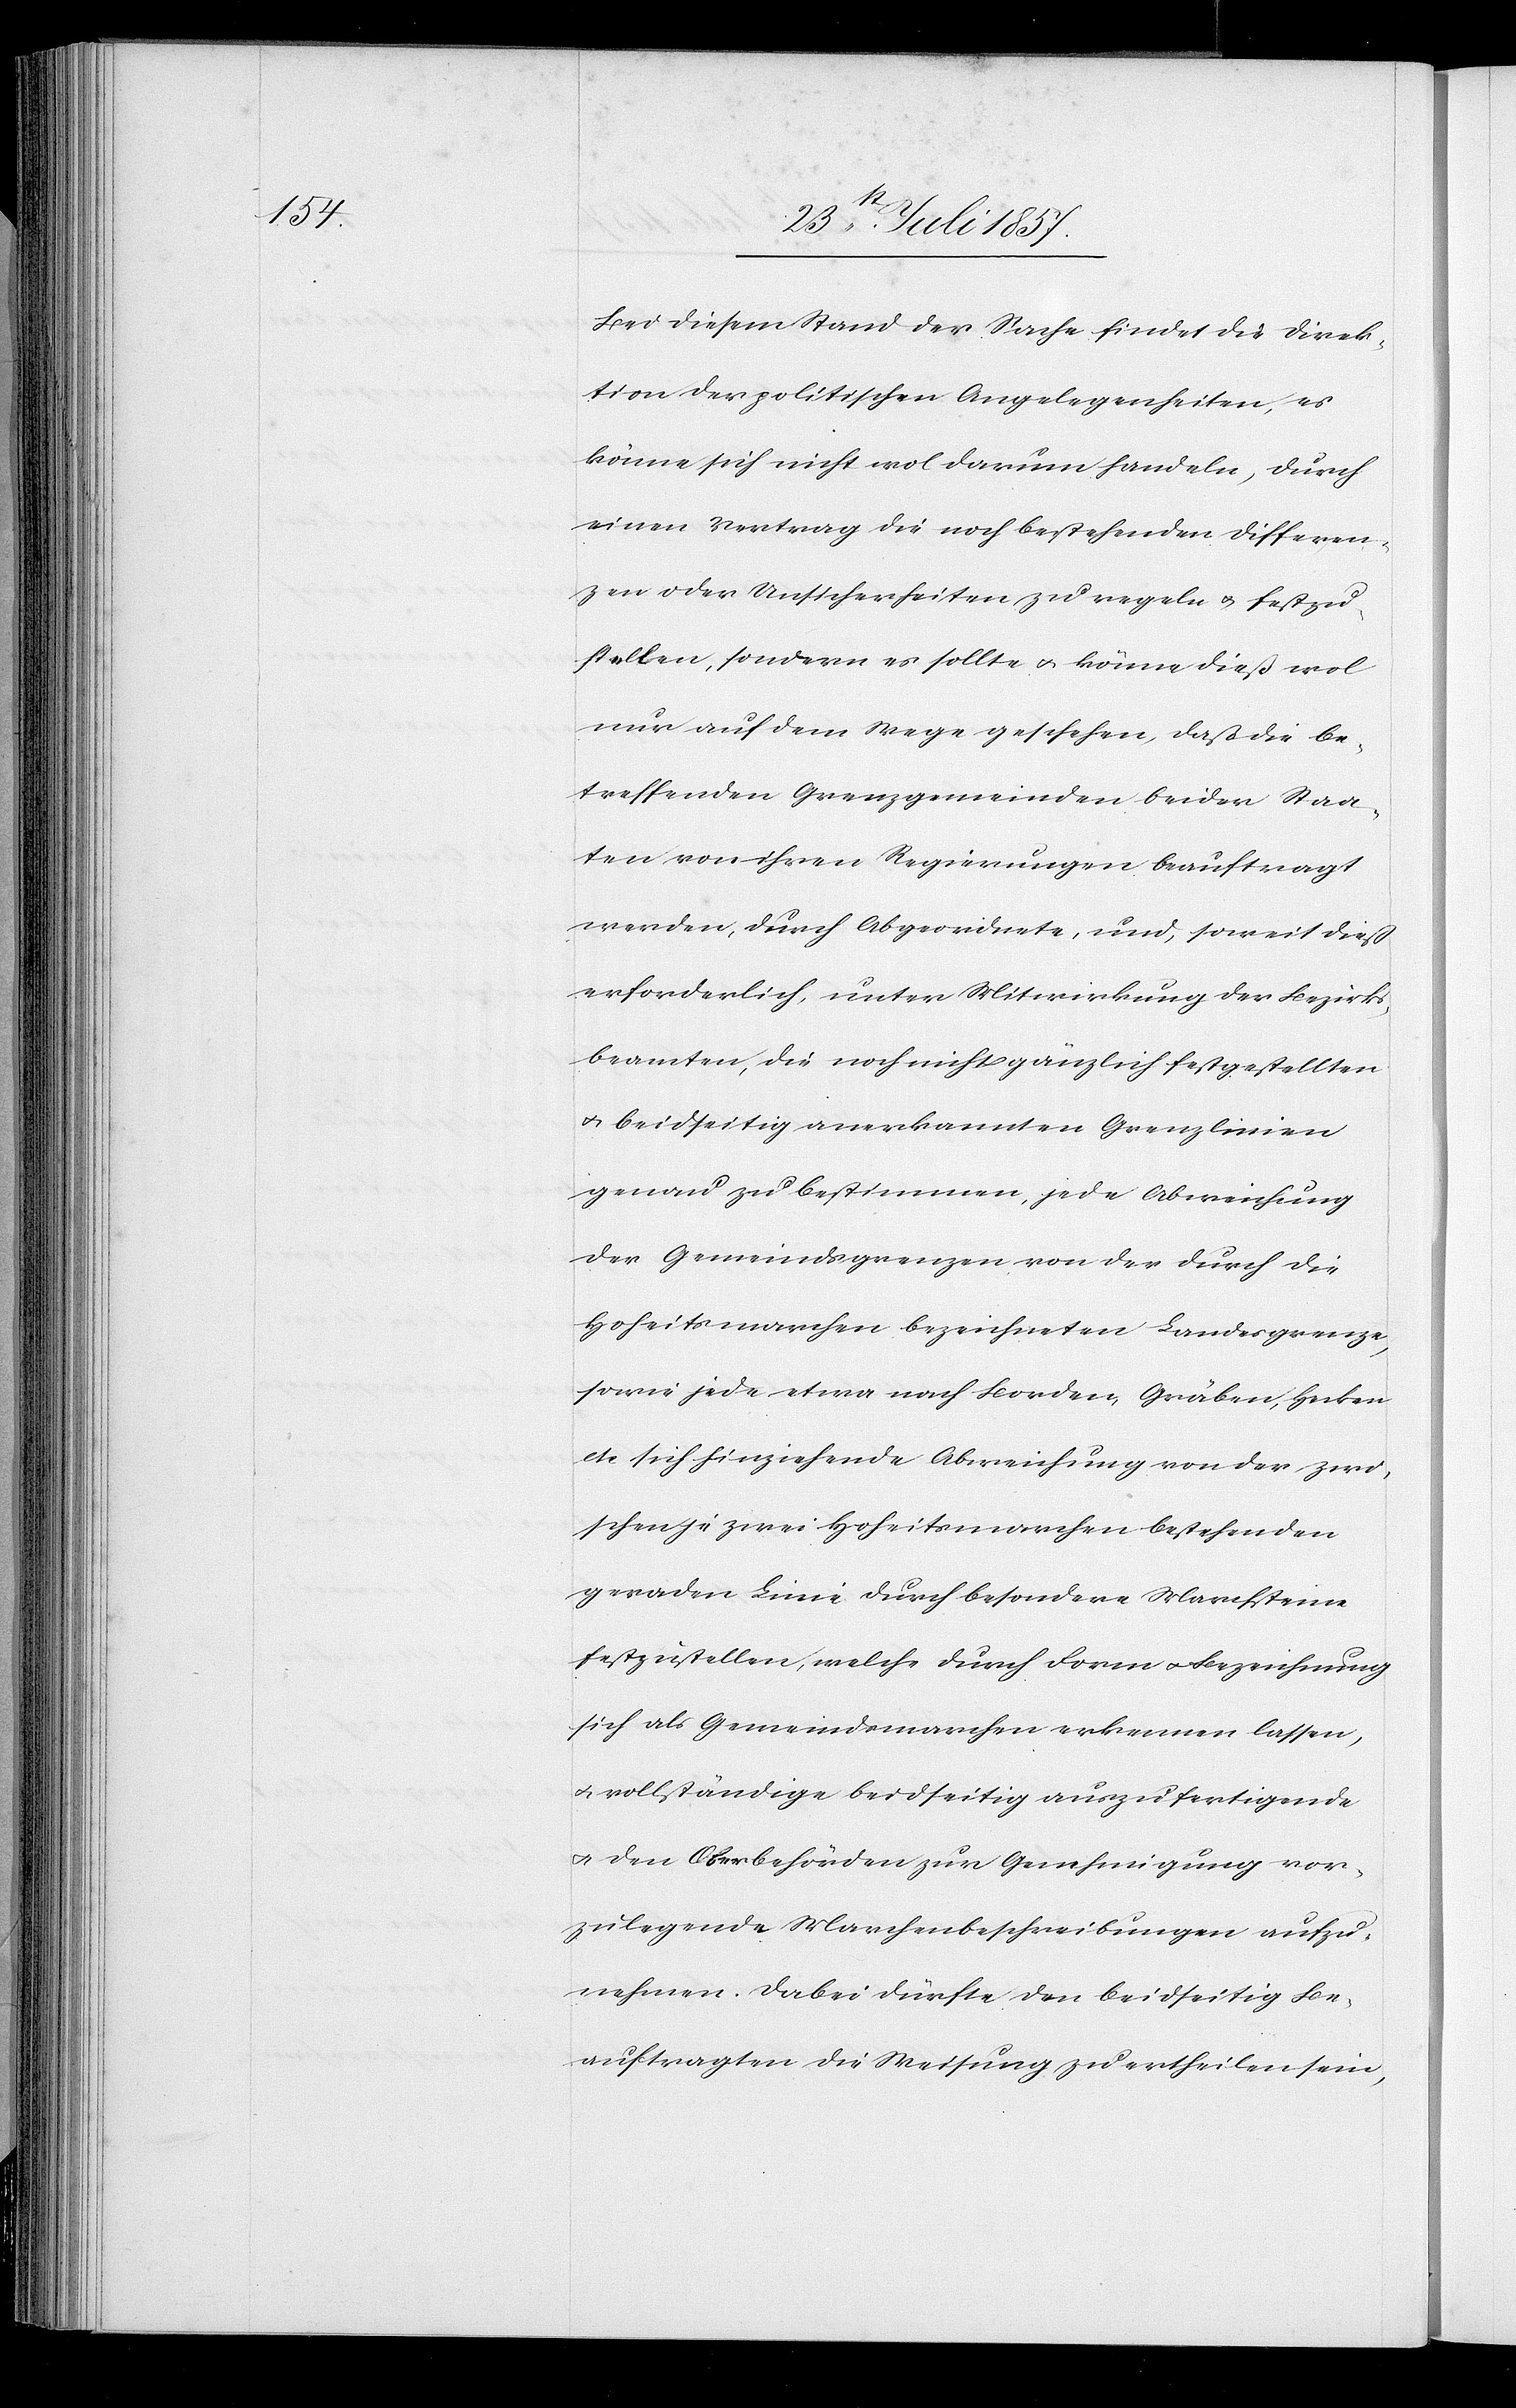
Bei diesem Stand der Sache findet die Direk¬
tion der politischen Angelegenheiten, es
könne sich nicht wol darum handeln, durch
einen Vertrag die noch bestehenden Differen¬
zen oder Unsicherheiten zu regeln & festzu¬
stellen, sondern es sollte & könne dieß wol
nur auf dem Wege geschehen, daß die be¬
treffenden Grenzgemeinden beider Staa¬
ten von ihren Regierungen beauftragt
werden, durch Abgeordnete, und, soweit dieß
erforderlich, unter Mitwirkung der Bezirks¬
beamten, die noch nicht gänzlich festgestellten
& beidseitig anerkannten Grenzlinien
genau zu bestimmen, jede Abweichung
der Gemeindsgrenzen von der durch die
Hoheitsmarchen bezeichneten Landesgrenze,
sowie jede etwa nach Borden, Gräben, Hecken
etc sich hinziehende Abweichung von der zwi¬
schen je zwei Hoheitsmarchen bestehenden
geraden Linie durch besondere Marchsteine
festzustellen, welche durch Form & Bezeichnung
sich als Gemeindsmarchen erkennen lassen,
& vollständige beidseitig auszufertigende
& den Oberbehörden zur Genehmigung vor¬
zulegende Marchbescheinigungen aufzu¬
nehmen. Dabei dürfte den beidseitig Be¬
auftragten die Weisung zu ertheilen sein,